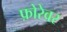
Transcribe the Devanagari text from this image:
फ़ोरेवर